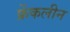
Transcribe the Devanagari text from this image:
फ्रेंकलीन